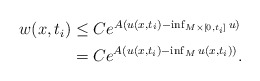
\begin{align*}\begin{aligned}w(x,t_i) &\leq C e^{A (u(x,t_i) - \inf_{M \times [0,t_i]} u)} \\&= C e^{A (u(x,t_i) - \inf_M u(x,t_i))}.\end{aligned}\end{align*}